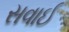
સવાઈ